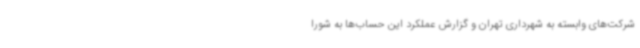
شرکت‌های وابسته به شهرداری تهران و گزارش عملکرد این حساب‌ها به شورا